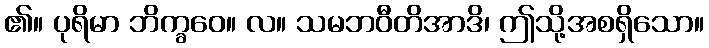
၏။ ပုရိမာ ဘိက္ခဝေ။ လ။ သမဘဝီတိအာဒိ၊ ဤသို့အစရှိသော။